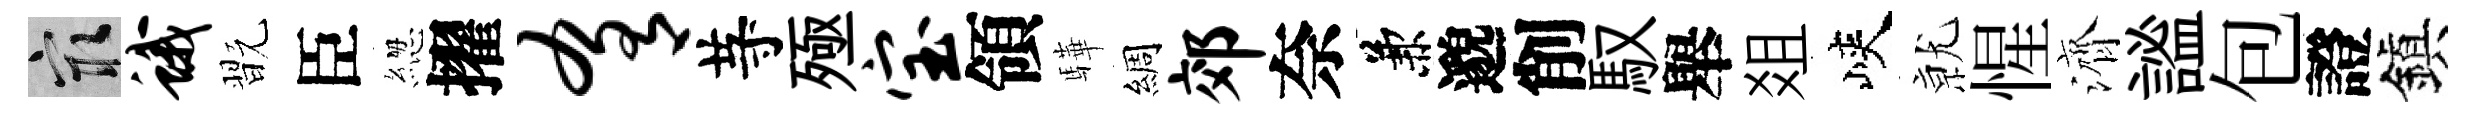
冣蛾翫臣緫擢肴䒭殛宝領驊綢郊奈兼邈削馭舉爼峽𭕒惺濟謐包證鎭